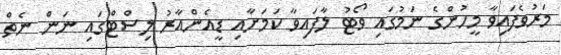
މަރުވެފައިވާ މީހުންގެ ނަމުގައި ވޯޓު ލާފައިވާ ކަމަށާއި ޑީއެންއާރު ލިސްޓްގައި ނަން ނެތް